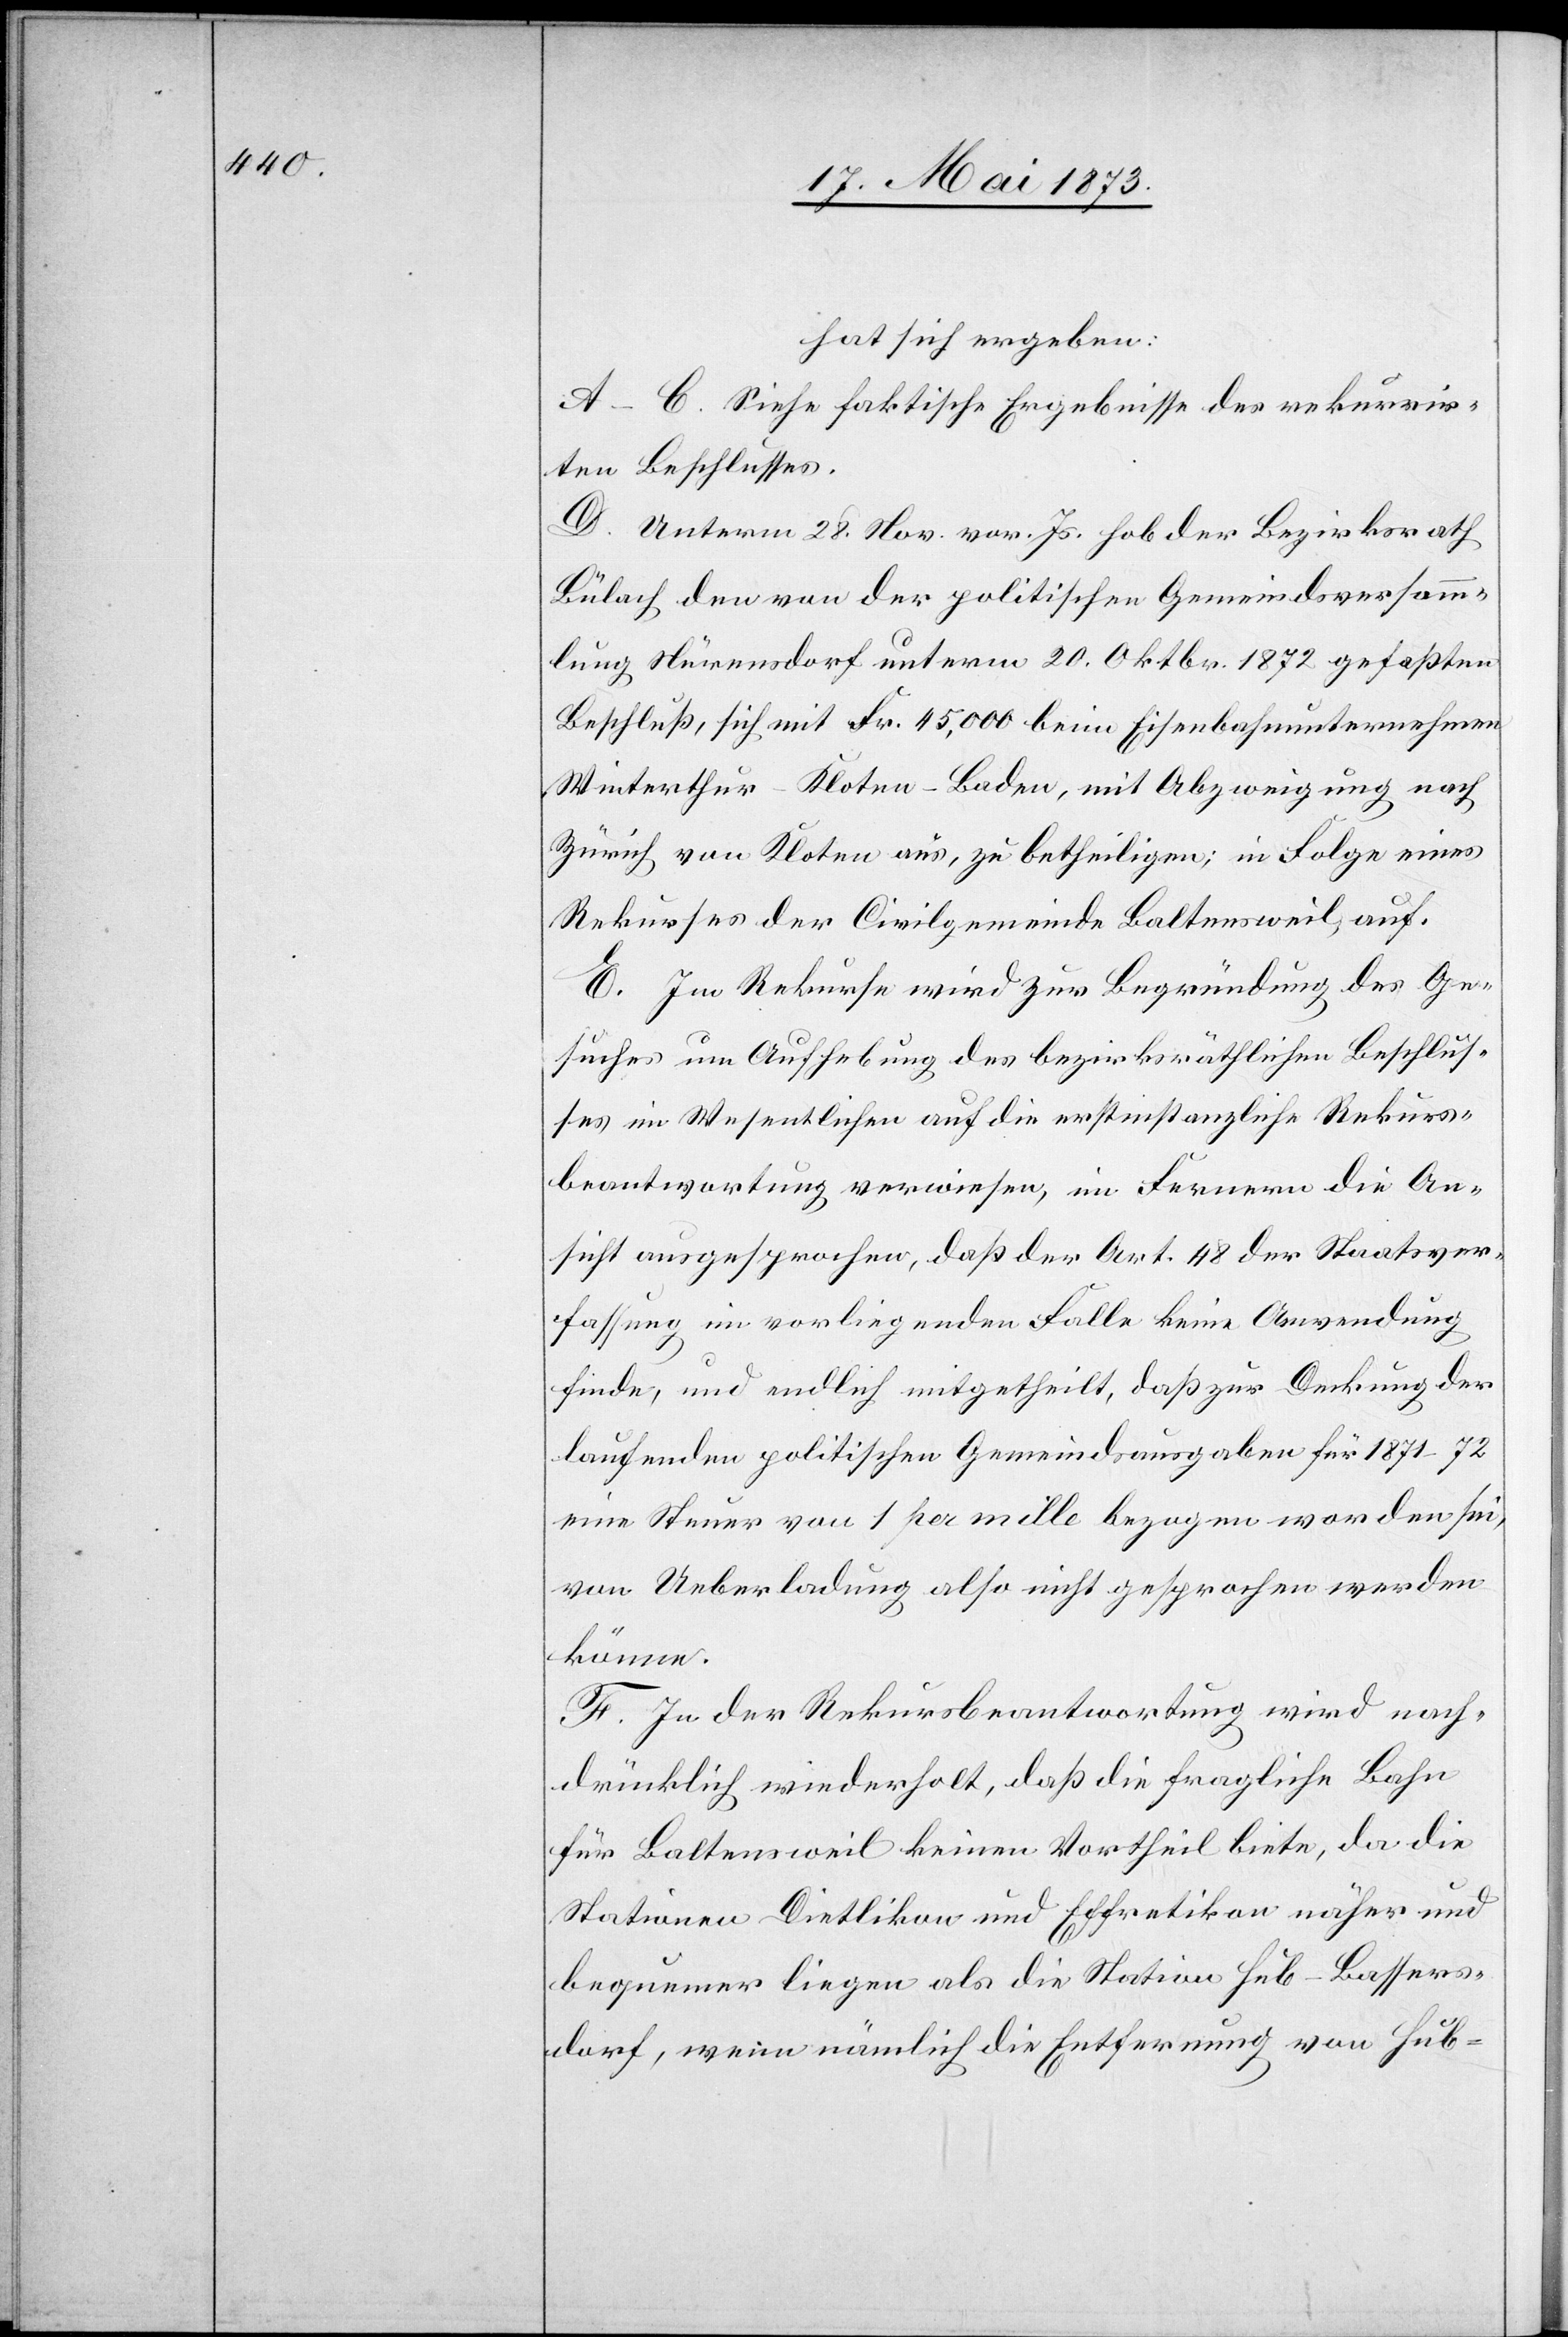
hat sich ergeben:
A–C. Siehe faktische Ergebnisse des rekurrir¬
ten Beschlusses.
D. Unterm 29. Nov. vor. Js. hob der Bezirksrath
Bülach den von der politischen Gemeindsversamm¬
lung Nürensdorf unterm 20. Oktbr. 1872 gefaßten
Beschluß, sich mit Fr. 54,000 beim Eisenbahnunternehmen
Winterthur–Kloten–Baden, mit Abzweigung nach
Zürich von Kloten aus, zu betheiligen; in Folge eines
Rekurses der Civilgemeinde Baltensweil, auf.
E. Im Rekurse wird zur Begründung des Ge¬
suches um Aufhebung des bezirksräthlichen Beschlus¬
ses im Wesentlichen auf die erstinstanzliche Rekurs¬
beantwortung verwiesen, im Fernern die An¬
sicht ausgesprochen, daß der Art. 48 der Staatsver¬
fassung im vorliegenden Falle keine Anwendung
finde, und endlich mitgetheilt, daß zur Deckung der
laufenden politischen Gemeindsausgaben für 1871–72
eine Steuer von 1 per mille bezogen worden sei,
von Ueberladung also nicht gesprochen werden
könne.
F. In der Rekursbeantwortung wird nach¬
drücklich wiederholt, daß die fragliche Bahn
für Baltensweil keinen Vortheil biete, da die
Stationen Dietlikon und Effretikon näher und
bequemer liegen als die Station Hub–Bassers¬
dorf, wenn nämlich die Entfernung von Hub-